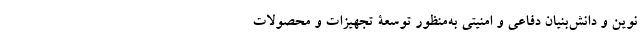
نوین و دانش‌بنیان دفاعی و امنیتی به‌منظور توسعة تجهیزات و محصولات